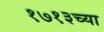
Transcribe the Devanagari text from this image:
१७१३च्या